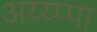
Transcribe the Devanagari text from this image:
अय्य्प्पा